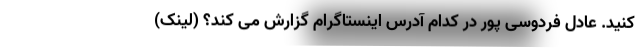
کنید. عادل فردوسی پور در کدام آدرس اینستاگرام گزارش می کند؟ (لینک)